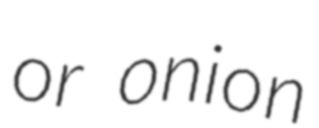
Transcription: or onion